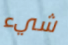
شيء